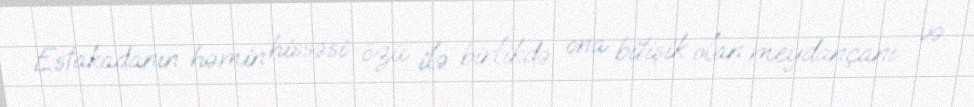
Estakadanın həmin hissəsi özü ilə birlikdə ona bitişik olan meydançanı və